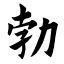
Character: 勃